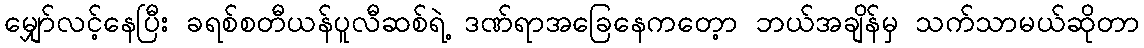
မျှော်လင့်နေပြီး ခရစ်စတီယန်ပူလီဆစ်ရဲ့ ဒဏ်ရာအခြေနေကတေ့ာ ဘယ်အချိန်မှ သက်သာမယ်ဆိုတာ